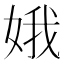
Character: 娥